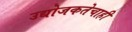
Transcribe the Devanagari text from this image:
उद्योजकतेचाही